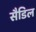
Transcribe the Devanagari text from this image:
सैडिल